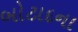
બોટાદના